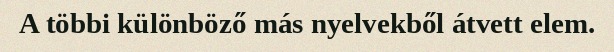
A többi különböző más nyelvekből átvett elem.